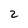
Character: 2